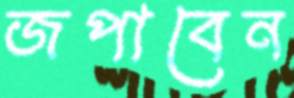
জপাবেন